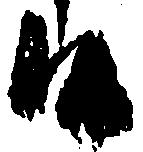
候